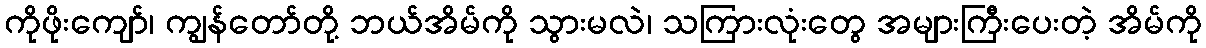
ကိုဖိုးကျော်၊ ကျွန်တော်တို့ ဘယ်အိမ်ကို သွားမလဲ၊ သကြားလုံးတွေ အများကြီးပေးတဲ့ အိမ်ကို